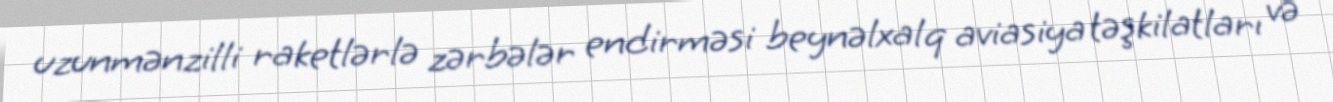
uzunmənzilli raketlərlə zərbələr endirməsi beynəlxalq aviasiya təşkilatları və